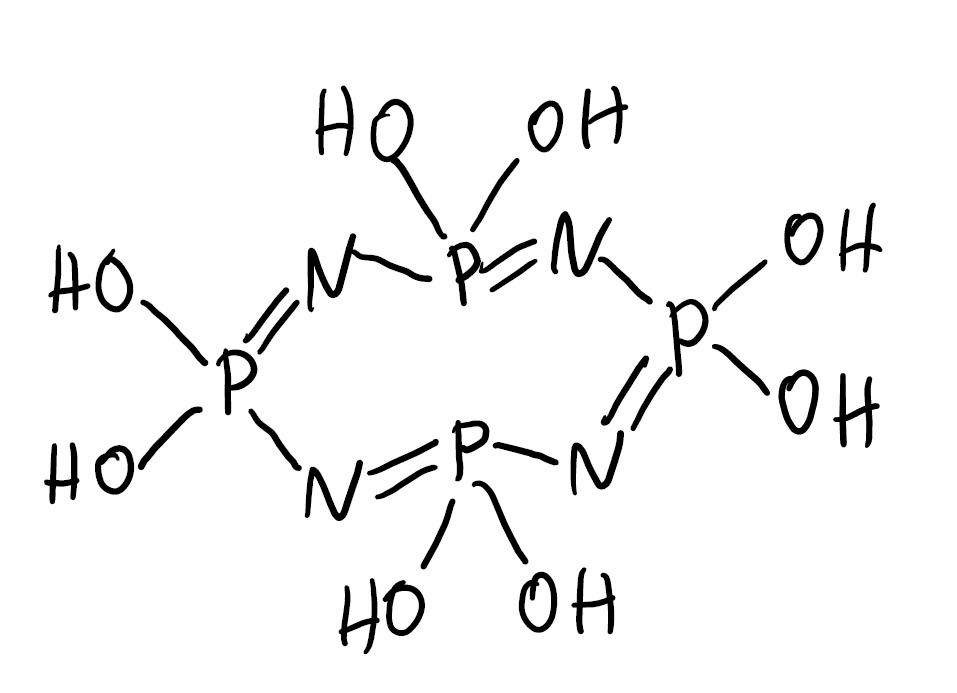
Simplified molecular-input line-entry system (SMILES) notation of the given molecule:
N1=P(N=P(N=P(N=P1(O)O)(O)O)(O)O)(O)O